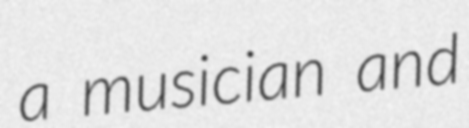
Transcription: a musician and